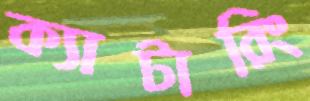
ক্যাটারিং